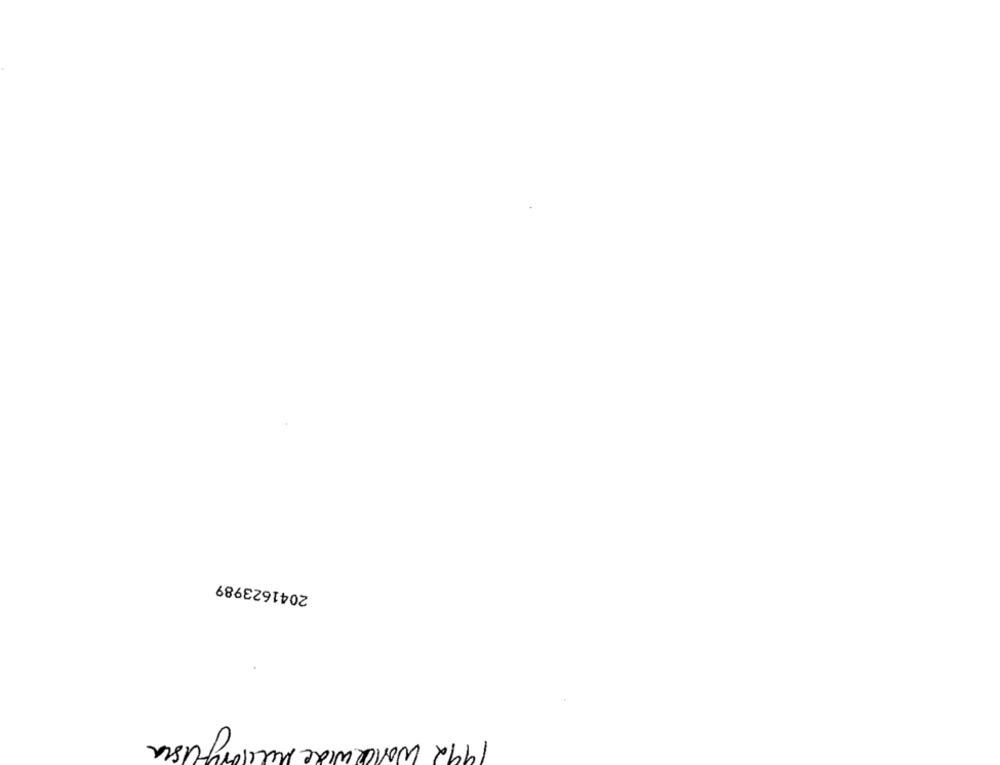
2041623989
1992 Worldwide Militaryfusca